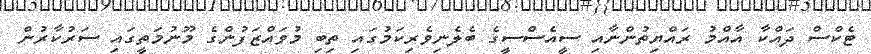
ޓެކްސް ދައްކާ އާއްމު ރައްޔިތުންނާއި ސީއެސްސީގެ ބެލެނިވެރިކަމުގައި ތިބި މުވައްޒަފުންގެ މޫނުމަތީގައި ސަރުކާރުން